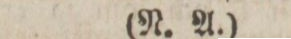
(N. A.)